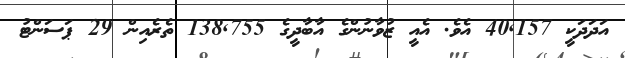
އަދަދަކީ 40